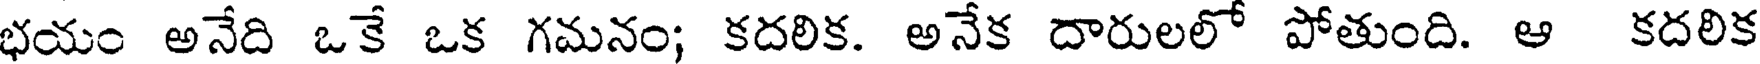
భయం అనేది ఒకే ఒక గమనం; కదలిక. అనేక దారులలో పోతుంది. ఆ కదలిక